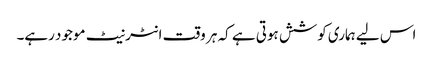
اس لیے ہماری کوشش ہوتی ہے کہ ہر وقت انٹرنیٹ موجود رہے۔